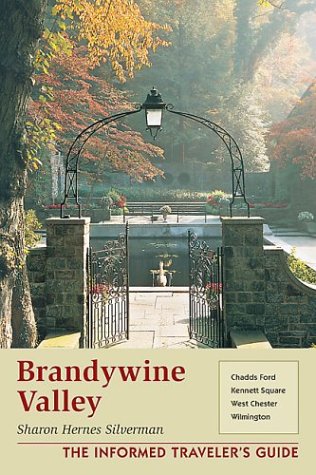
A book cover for Brandywine Valley: Chadds Ford, Kennett Square, West Chester, Wilmington; Sharon Hernes Silverman; Travel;